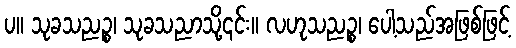
ပ။ သုခသညဉ္စ၊ သုခသညာသို့၎င်း။ လဟုသညဉ္စ၊ ပေါ့သည်အဖြစ်ဖြင့်